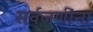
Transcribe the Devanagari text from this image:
सर्वजणींना